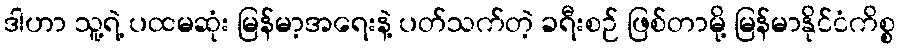
ဒါဟာ သူ့ရဲ့ ပထမဆုံး မြန်မာ့အရေးနဲ့ ပတ်သက်တဲ့ ခရီးစဉ် ဖြစ်တာမို့ မြန်မာနိုင်ငံကိစ္စ